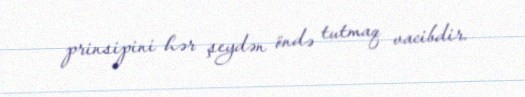
prinsipini hər şeydən öndə tutmaq vacibdir.